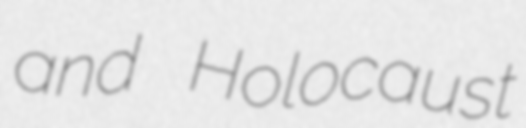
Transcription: and Holocaust